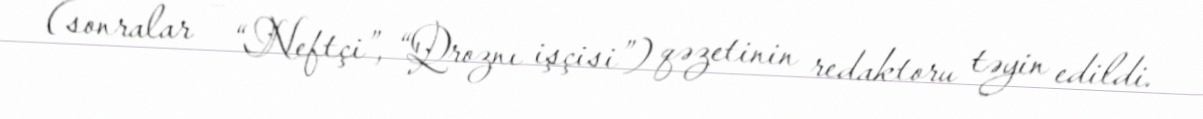
(sonralar – “Neftçi”, “Qroznı işçisi”) qəzetinin redaktoru təyin edildi.